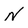
Character: N